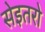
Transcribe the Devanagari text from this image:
सेइतरो